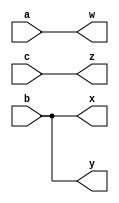
module top_module( 
    input a,b,c,
    output w,x,y,z );
// 
    assign a_wire = a;
    assign b_wire = b;
    assign c_wire = c;

    assign w = a_wire;
    assign x = b_wire;
    assign y = b_wire;
    assign z = c_wire;
//
endmodule